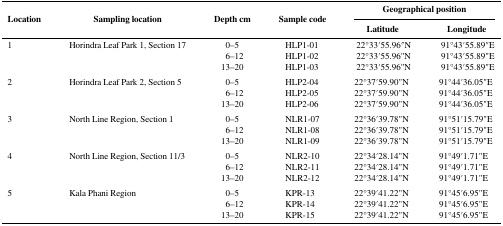
<table><thead><tr><td rowspan="2"><b>Location</b></td><td rowspan="2"><b>Sampling location</b></td><td rowspan="2"><b>Depth cm</b></td><td rowspan="2"><b>Sample code</b></td><td colspan="2"><b>Geographical position</b></td></tr><tr><td><b>Latitude</b></td><td><b>Longitude</b></td></tr></thead><tbody><tr><td rowspan="3">1</td><td rowspan="3">Horindra Leaf Park 1, Section 17</td><td>0–5</td><td>HLP1-01</td><td>22°33′55.96′′N</td><td>91°43′55.89′′E</td></tr><tr><td>6–12</td><td>HLP1-02</td><td>22°33′55.96&quot;N</td><td>91°43′55.89&quot;E</td></tr><tr><td>13–20</td><td>HLP1-03</td><td>22°33′55.96&quot;N</td><td>91°43′55.89&quot;E</td></tr><tr><td rowspan="3">2</td><td rowspan="3">Horindra Leaf Park 2, Section 5</td><td>0–5</td><td>HLP2-04</td><td>22°37′59.90&quot;N</td><td>91°44′36.05&quot;E</td></tr><tr><td>6–12</td><td>HLP2-05</td><td>22°37′59.90&quot;N</td><td>91°44′36.05&quot;E</td></tr><tr><td>13–20</td><td>HLP2-06</td><td>22°37′59.90&quot;N</td><td>91°44′36.05&quot;E</td></tr><tr><td rowspan="3">3</td><td rowspan="3">North Line Region, Section 1</td><td>0–5</td><td>NLR1-07</td><td>22°36′39.78&quot;N</td><td>91°51′15.79&quot;E</td></tr><tr><td>6–12</td><td>NLR1-08</td><td>22°36′39.78&quot;N</td><td>91°51′15.79&quot;E</td></tr><tr><td>13–20</td><td>NLR1-09</td><td>22°36′39.78&quot;N</td><td>91°51′15.79&quot;E</td></tr><tr><td rowspan="3">4</td><td rowspan="3">North Line Region, Section 11/3</td><td>0–5</td><td>NLR2-10</td><td>22°34′28.14&quot;N</td><td>91°49′1.71&quot;E</td></tr><tr><td>6–12</td><td>NLR2-11</td><td>22°34′28.14&quot;N</td><td>91°49′1.71&quot;E</td></tr><tr><td>13–20</td><td>NLR2-12</td><td>22°34′28.14&quot;N</td><td>91°49′1.71&quot;E</td></tr><tr><td rowspan="3">5</td><td rowspan="3">Kala Phani Region</td><td>0–5</td><td>KPR-13</td><td>22°39′41.22&quot;N</td><td>91°45′6.95&quot;E</td></tr><tr><td>6–12</td><td>KPR-14</td><td>22°39′41.22&quot;N</td><td>91°45′6.95&quot;E</td></tr><tr><td>13–20</td><td>KPR-15</td><td>22°39′41.22&quot;N</td><td>91°45′6.95&quot;E</td></tr></tbody></table>